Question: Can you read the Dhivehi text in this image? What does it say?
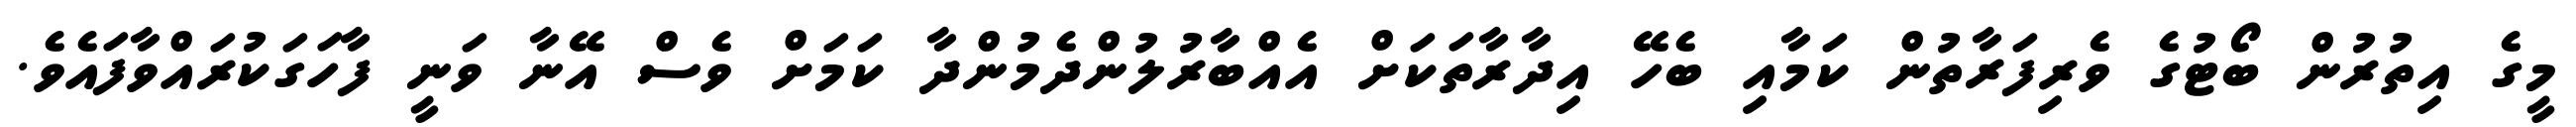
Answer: މީގެ އިތުރުން ބޯޓުގެ ވެރިފަރާތުން ކަމާއި ބެހޭ އިދާރާތަކަށް އެއްބާރުލުންދެމުންދާ ކަމަށް ވެސް އޭނާ ވަނީ ފާހަގަކުރައްވާފައެވެ.